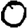
Digit: 0